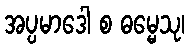
အပ္ပမာဒေါ စ ဓမ္မေသု၊